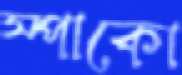
স্পাকো